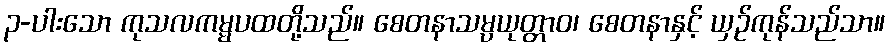
၃-ပါးသော ကုသလကမ္မပထတို့သည်။ စေတနာသမ္ပယုတ္တာဝ၊ စေတနာနှင့် ယှဉ်ကုန်သည်သာ။